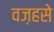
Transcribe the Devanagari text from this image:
वज़हसे